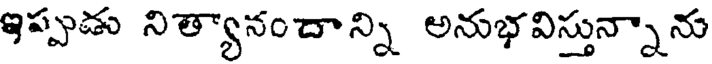
ఇప్పుడు నిత్యానందాన్ని అనుభవిస్తున్నాను